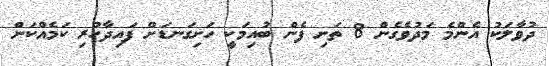
ދުވާލަކު އެންމެ މަދުވެގެން 8 ތަށި ފެން ބުއިމަކީ ހަށިގަނޑަށް ފައިދާހުރި ކަމެއްކަން